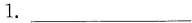
1.___